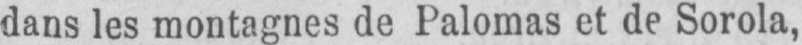
dans les montagnes de Palomas et de Sorola,